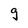
Character: g